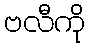
ဗလီကို